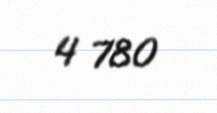
4 780